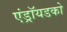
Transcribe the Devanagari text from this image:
एंड्रॉयडको